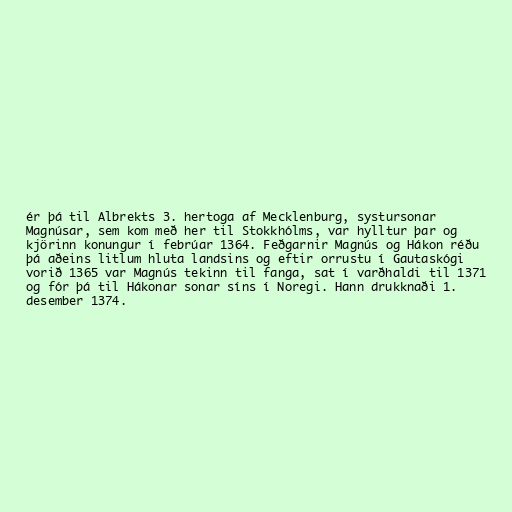
ér þá til Albrekts 3. hertoga af Mecklenburg, systursonar
Magnúsar, sem kom með her til Stokkhólms, var hylltur þar og
kjörinn konungur í febrúar 1364. Feðgarnir Magnús og Hákon réðu
þá aðeins litlum hluta landsins og eftir orrustu í Gautaskógi
vorið 1365 var Magnús tekinn til fanga, sat í varðhaldi til 1371
og fór þá til Hákonar sonar síns í Noregi. Hann drukknaði 1.
desember 1374.